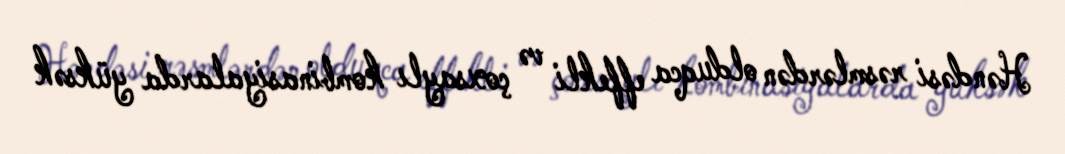
Həndəsi rəsmlərdən olduqca effekli və çoxsaylı kombinasiyalarda yüksək